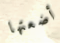
أضعتها